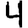
Digit: 4